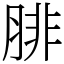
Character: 腓